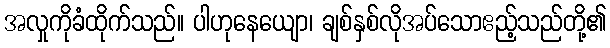
အလှုကိုခံထိုက်သည်။ ပါဟုနေယျော၊ ချစ်နှစ်လိုအပ်သောဧည့်သည်တို့၏